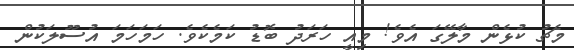
މެޗު ކުޅެން މާލޭގަ އެެވެ! މިއީ ހަރަދު ބޮޑު ކަމެކެވެ. ހަމަހަމަ އުސޫލަކުން